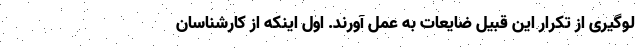
لوگیری از تکرار این قبیل ضایعات به عمل آورند. اول اینکه از کارشناسان